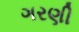
ગરણી